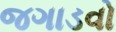
જગાડવો